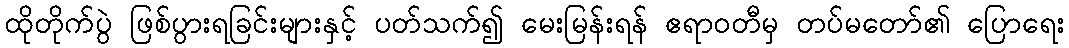
ထိုတိုက်ပွဲ ဖြစ်ပွားရခြင်းများနှင့် ပတ်သက်၍ မေးမြန်းရန် ဧရာဝတီမှ တပ်မတော်၏ ပြောရေး